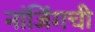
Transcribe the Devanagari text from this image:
नांजिंगची